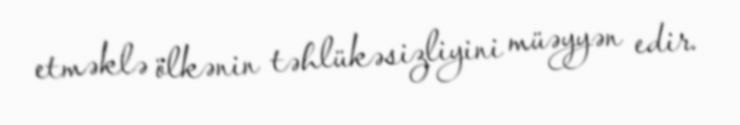
etməklə ölkənin təhlükəsizliyini müəyyən edir.